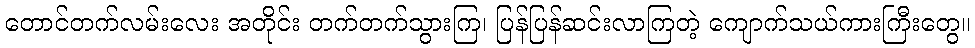
တောင်တက်လမ်းလေး အတိုင်း တက်တက်သွားကြ၊ ပြန်ပြန်ဆင်းလာကြတဲ့ ကျောက်သယ်ကားကြီးတွေ။